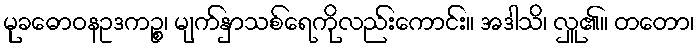
မုခဓောဝနဥဒကဉ္စ၊ မျက်နှာသစ်ရေကိုလည်းကောင်း။ အဒါသိ၊ လှူ၏။ တတော၊